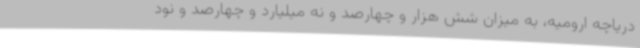
دریاچه ارومیه، به میزان شش هزار و چهارصد و نه میلیارد و چهارصد و نود